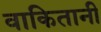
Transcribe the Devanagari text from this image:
वाकितानी